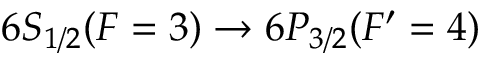
6 S _ { 1 / 2 } ( F = 3 ) \rightarrow 6 P _ { 3 / 2 } ( F ^ { \prime } = 4 )